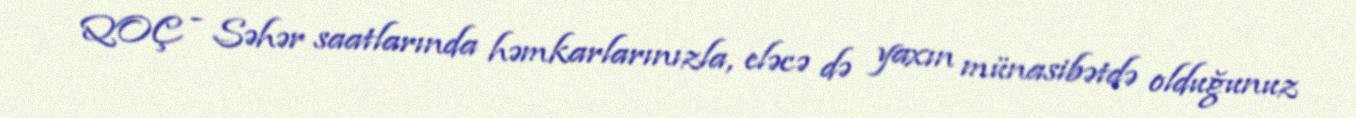
QOÇ - Səhər saatlarında həmkarlarınızla, eləcə də yaxın münasibətdə olduğunuz